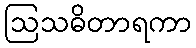
ဩသဓိတာရကာ